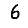
Digit: 6